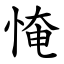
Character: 㤿